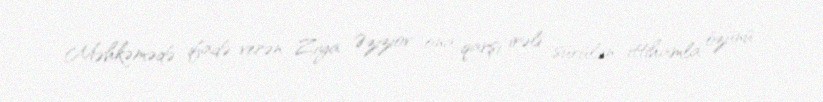
Məhkəmədə ifadə verən Ziya Əziziov ona qarşı irəli sürülən ittihamla özünü